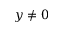
y \neq 0